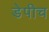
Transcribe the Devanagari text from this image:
डेपीच